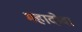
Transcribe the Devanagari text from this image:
महादोवा